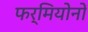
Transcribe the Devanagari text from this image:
फर्मियोनों